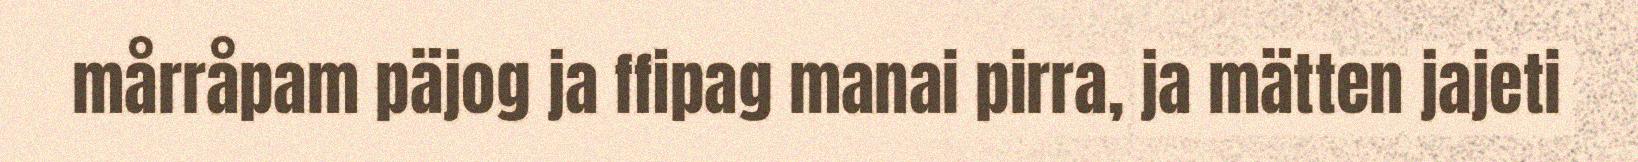
mårråpam päjog ja ffipag manai pirra, ja mätten jajeti